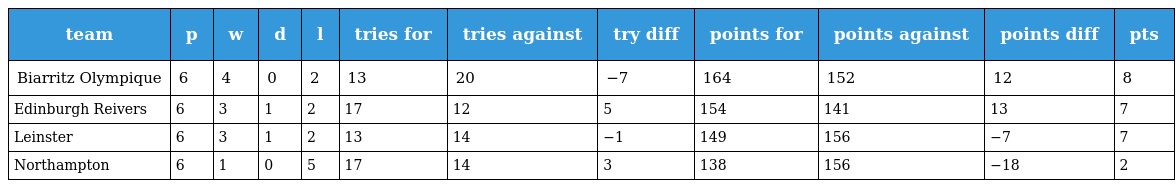
| team | p | w | d | l | tries for | tries against | try diff | points for | points against | points diff | pts |
 | --- | --- | --- | --- | --- | --- | --- | --- | --- | --- | --- | --- |
 | Biarritz Olympique | 6 | 4 | 0 | 2 | 13 | 20 | −7 | 164 | 152 | 12 | 8 |
 | Edinburgh Reivers | 6 | 3 | 1 | 2 | 17 | 12 | 5 | 154 | 141 | 13 | 7 |
 | Leinster | 6 | 3 | 1 | 2 | 13 | 14 | −1 | 149 | 156 | −7 | 7 |
 | Northampton | 6 | 1 | 0 | 5 | 17 | 14 | 3 | 138 | 156 | −18 | 2 |